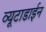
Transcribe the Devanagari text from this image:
व्यूटाडाईन